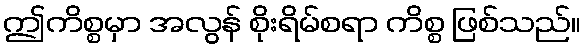
ဤကိစ္စမှာ အလွန် စိုးရိမ်စရာ ကိစ္စ ဖြစ်သည်။